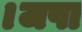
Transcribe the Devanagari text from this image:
।जपा